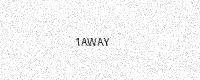
Text: 1AWAY